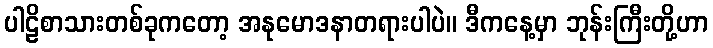
ပါဠိစာသားတစ်ခုကတော့ အနုမောဒနာတရားပါပဲ။ ဒီကနေ့မှာ ဘုန်းကြီးတို့ဟာ